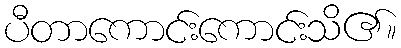
ပီတာကောင်းကောင်းသိ၏။